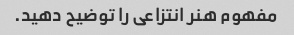
مفهوم هنر انتزاعی را توضیح دهید.